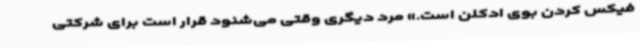
فیکس کردن بوی ادکلن است.» مرد دیگری وقتی می‌شنود قرار است برای شرکتی